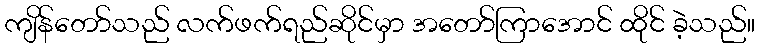
ကျိန်တော်သည် လက်ဖက်ရည်ဆိုင်မှာ အတော်ကြာအောင် ထိုင် ခဲ့သည်။